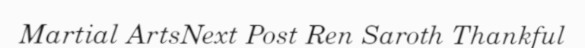
Martial ArtsNext Post Ren Saroth Thankful